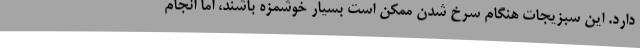
دارد. این سبزیجات هنگام سرخ شدن ممکن است بسیار خوشمزه باشند، اما انجام